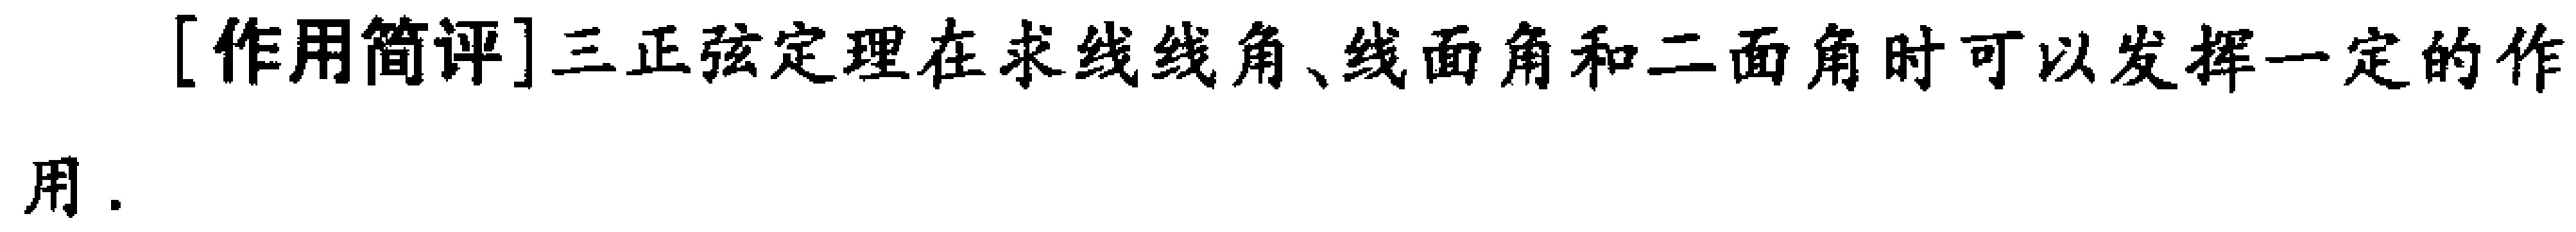
[作用简评]三正弦定理在求线线角、线面角和二面角时可以发挥一定的作用.